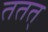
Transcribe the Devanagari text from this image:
ततत्‌